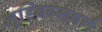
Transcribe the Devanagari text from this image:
लुड्विग्सबर्ग